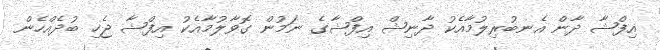
އިފްޝާ ދާން އެނބުރިލުމާއެކު ދާނިޝް އިފްޝާގެ ނަމުން ގޮވާލުމާއެކު އިފްޝާ ޖެހި ބުދެއްހެން